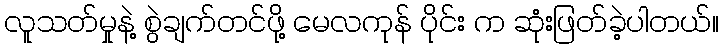
လူသတ်မှုနဲ့ စွဲချက်တင်ဖို့ မေလကုန် ပိုင်း က ဆုံးဖြတ်ခဲ့ပါတယ်။